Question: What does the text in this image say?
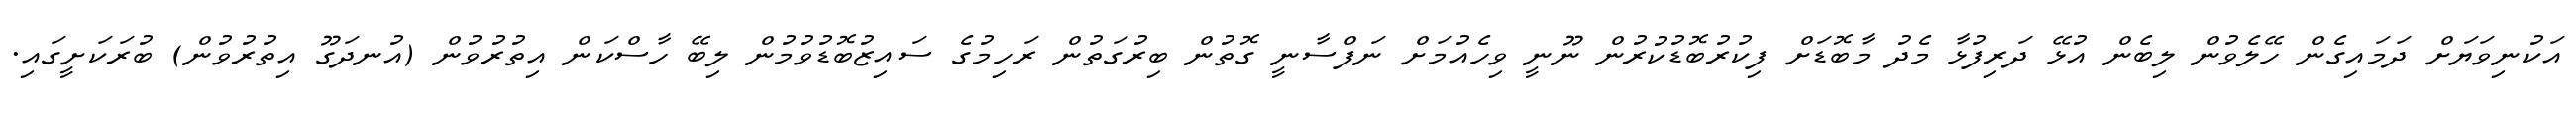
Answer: އަކުނިވަޔަށް ދަމައިގެން ހޭލެވުން ލިބެން އުޅޭ ދަރިފުޅާ މެދު މާބޮޑަށް ފިކުރުބޮޑުކުރުން ނޫނީ ވިހެއުމަށް ނަފްސާނީ ގޮތުން ބިރުގަތުން ރަހިމުގެ ސައިޒުބޮޑުވުމުން ލިބޭ ހާސްކަން އިތުރުވުން (އުނދަގޫ އިތުރުވުން) ބުރަކަށީގައި.